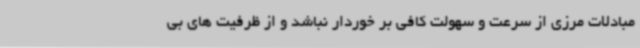
مبادلات مرزی از سرعت و سهولت کافی بر خوردار نباشد و از ظرفیت های بی